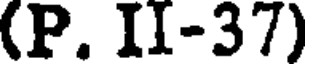
(P. II-37)